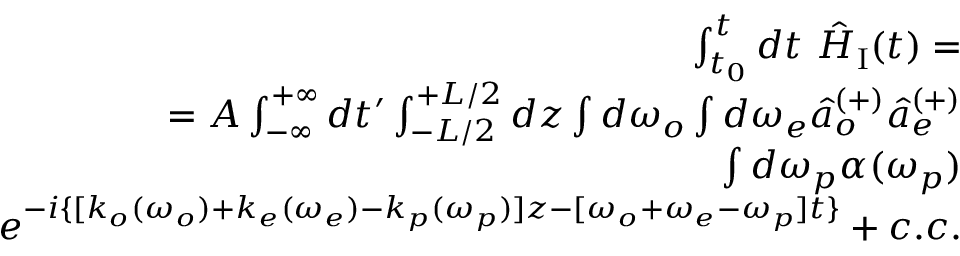
\begin{array} { r } { \int _ { t _ { 0 } } ^ { t } d t ~ \hat { H } _ { \mathrm { I } } ( t ) = } \\ { = A \int _ { - \infty } ^ { + \infty } d t ^ { \prime } \int _ { - L / 2 } ^ { + L / 2 } d z \int d \omega _ { o } \int d \omega _ { e } \hat { a } _ { o } ^ { ( + ) } \hat { a } _ { e } ^ { ( + ) } } \\ { \int d \omega _ { p } \alpha ( \omega _ { p } ) } \\ { e ^ { - i \{ [ k _ { o } ( \omega _ { o } ) + k _ { e } ( \omega _ { e } ) - k _ { p } ( \omega _ { p } ) ] z - [ \omega _ { o } + \omega _ { e } - \omega _ { p } ] t \} } + c . c . } \end{array}